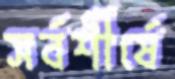
সর্বশীর্ষে